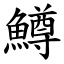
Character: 鱒